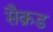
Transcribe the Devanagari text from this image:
सैक्रड